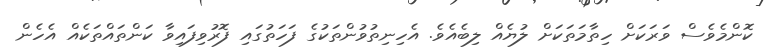
ކޮންމެވެސް ވަރަކަށް ހިތާމަތަކަށް ލުޔެއް ލިބެއެވެ. އެހިނިތުވުންތަކުގެ ފަހަތުގައި ފޮރުވިފައިވާ ކަންތައްތަކެއް އެހެން